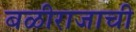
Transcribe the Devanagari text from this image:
बळीराजाची